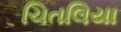
ચિતલિયા